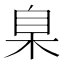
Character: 臬